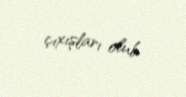
çıxışları olub.